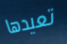
تعيدها